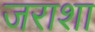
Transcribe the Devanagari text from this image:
जराशा